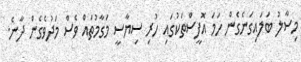
މިސާލު ބަލައިގަނެގެން ހަމަ އޮފީސްތަކުގައި ހުރި ސިޔާސީ މަގާމުތައް ވެސް މަދުވެގެން ދާނެ.